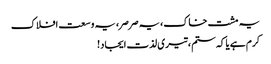
یہ مشت خاک، یہ صرصر، یہ وسعت افلاک
کرم ہے یا کہ ستم، تیری لذت ایجاد!